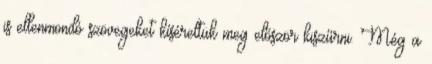
is ellenmondó szövegeket kíséreltük meg először kiszűrni. Még a